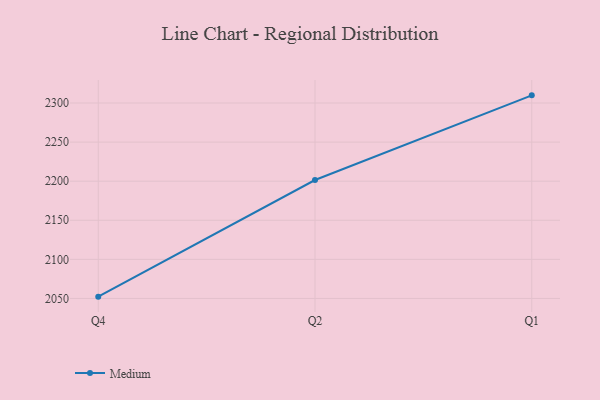
{"axis": {"x": "Quarter", "y": "Churn Rate (%)"}, "legend": ["Medium"], "data": [{"x": "Q4", "y": 2052.3, "type": "Medium"}, {"x": "Q2", "y": 2201.5, "type": "Medium"}, {"x": "Q1", "y": 2309.8, "type": "Medium"}]}